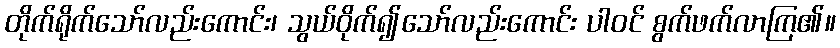
တိုက်ရိုက်သော်လည်းကောင်း၊ သွယ်ဝိုက်၍သော်လည်းကောင်း ပါဝင် စွက်ဖက်လာကြ၏။